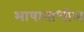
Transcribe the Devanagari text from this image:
भाषानाधील